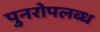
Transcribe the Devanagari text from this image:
पुनरोपलब्ध